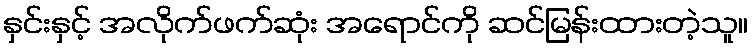
နှင်းနှင့် အလိုက်ဖက်ဆုံး အရောင်ကို ဆင်မြန်းထားတဲ့သူ။